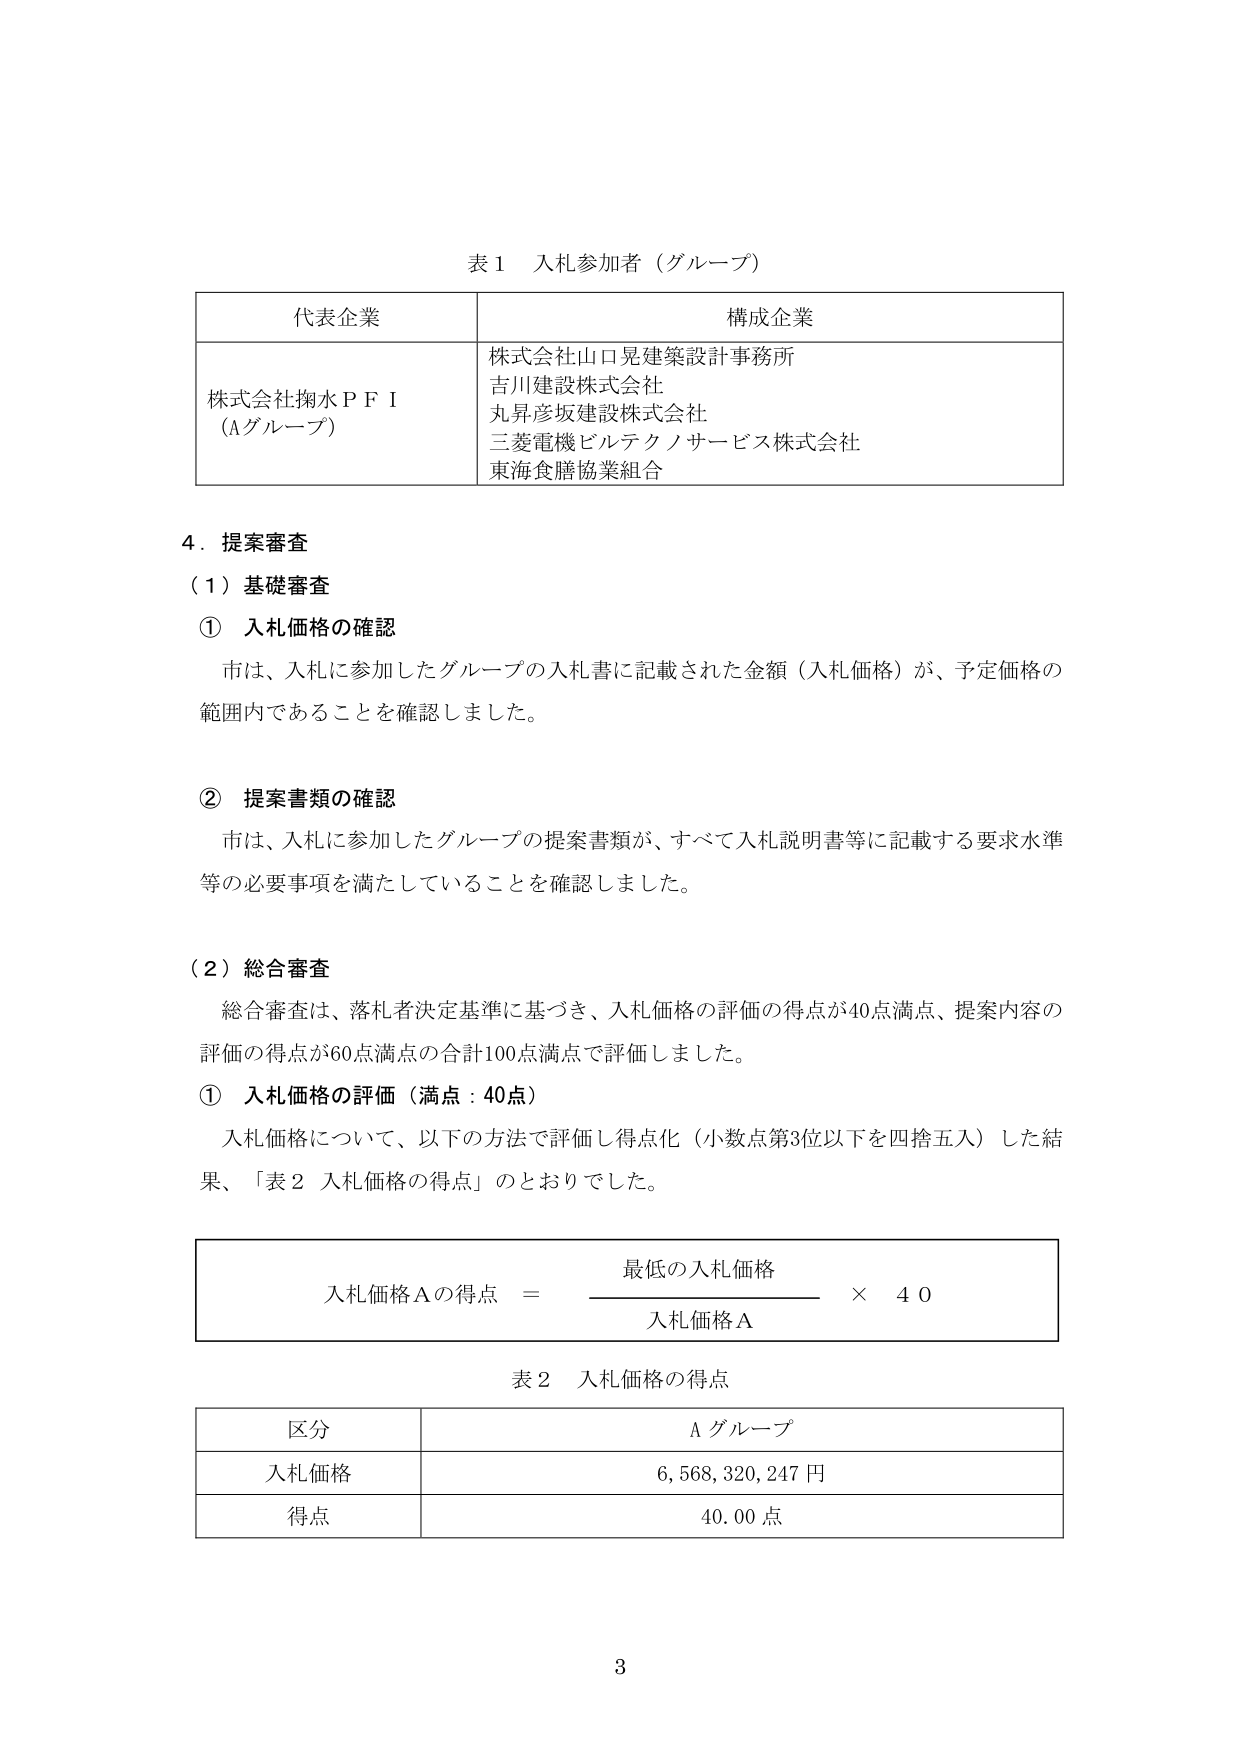
表１ 入札参加者（グループ）

代表企業 構成企業
株式会社掬水ＰＦＩ（Ａグループ） 株式会社山口晃建築設計事務所
吉川建設株式会社
丸昇彦坂建設株式会社
三菱電機ビルテクノサービス株式会社
東海食膳協業組合

４．提案審査
（１）基礎審査
① 入札価格の確認
市は、入札に参加したグループの入札書に記載された金額（入札価格）が、予定価格の範囲内であることを確認しました。

② 提案書類の確認
市は、入札に参加したグループの提案書類が、すべて入札説明書等に記載する要求水準等の必要事項を満たしていることを確認しました。

（２）総合審査
総合審査は、落札者決定基準に基づき、入札価格の評価の得点が40点満点、提案内容の評価の得点が60点満点の合計100点満点で評価しました。
① 入札価格の評価（満点：40点）
入札価格について、以下の方法で評価し得点化（小数点第3位以下を四捨五入）した結果、「表２ 入札価格の得点」のとおりでした。

入札価格Ａの得点 ＝ 最低の入札価格 × 40
入札価格Ａ

表２ 入札価格の得点

区分 Ａグループ
入札価格 6,568,320,247 円
得点 40.00 点

3